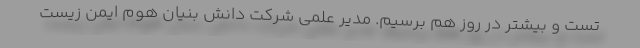
تست و بیشتر در روز هم برسیم. مدیر علمی شرکت دانش بنیان هوم ایمن زیست